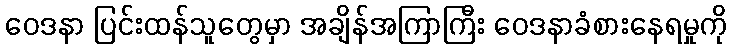
ဝေဒနာ ပြင်းထန်သူတွေမှာ အချိန်အကြာကြီး ဝေဒနာခံစားနေရမှုကို